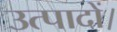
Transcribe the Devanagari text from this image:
उत्पादों।